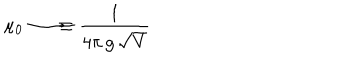
LaTeX: \mu _ { 0 } \longrightarrow \equiv { \frac { 1 } { 4 \pi \, g \, \sqrt V } }